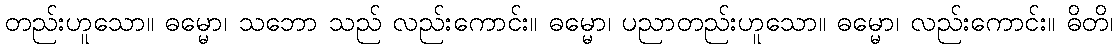
တည်းဟူသော။ ဓမ္မော၊ သဘော သည် လည်းကောင်း။ ဓမ္မော၊ ပညာတည်းဟူသော။ ဓမ္မော၊ လည်းကောင်း။ ဓိတိ၊